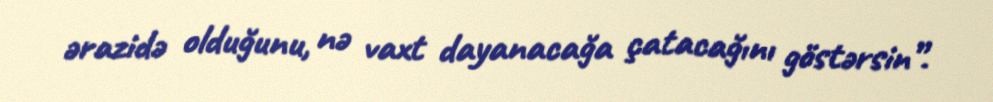
ərazidə olduğunu, nə vaxt dayanacağa çatacağını göstərsin”.